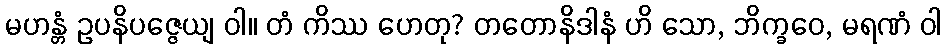
မဟန္တံ ဥပနိပဇ္ဇေယျ ဝါ။ တံ ကိဿ ဟေတု? တတောနိဒါနံ ဟိ သော, ဘိက္ခဝေ, မရဏံ ဝါ